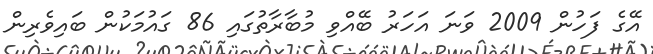
އޭގެ ފަހުން 2009 ވަނަ އަހަރު ބޭއްވި މުބާރާތުގައި 86 ގައުމަކުން ބައިވެރިން